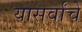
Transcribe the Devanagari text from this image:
यासर्वांचे